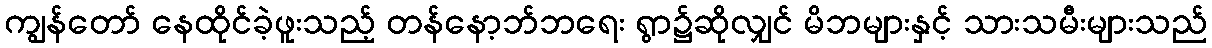
ကျွန်တော် နေထိုင်ခဲ့ဖူးသည့် တန်နော့ဘ်ဘရေး ရွာ၌ဆိုလျှင် မိဘများနှင့် သားသမီးများသည်